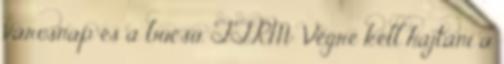
városnap és a búcsú. TTRM: Végre kell hajtani a